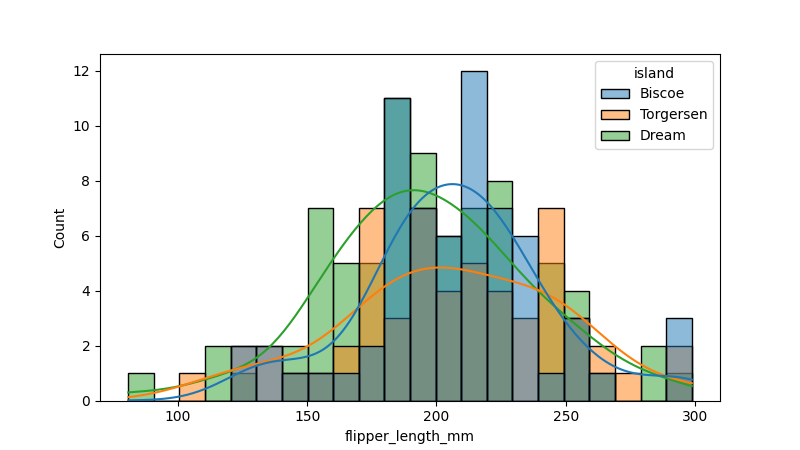
python, seaborn, histplot, hue='island', binwidth=10, bins='10', element='bars'